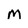
Character: M